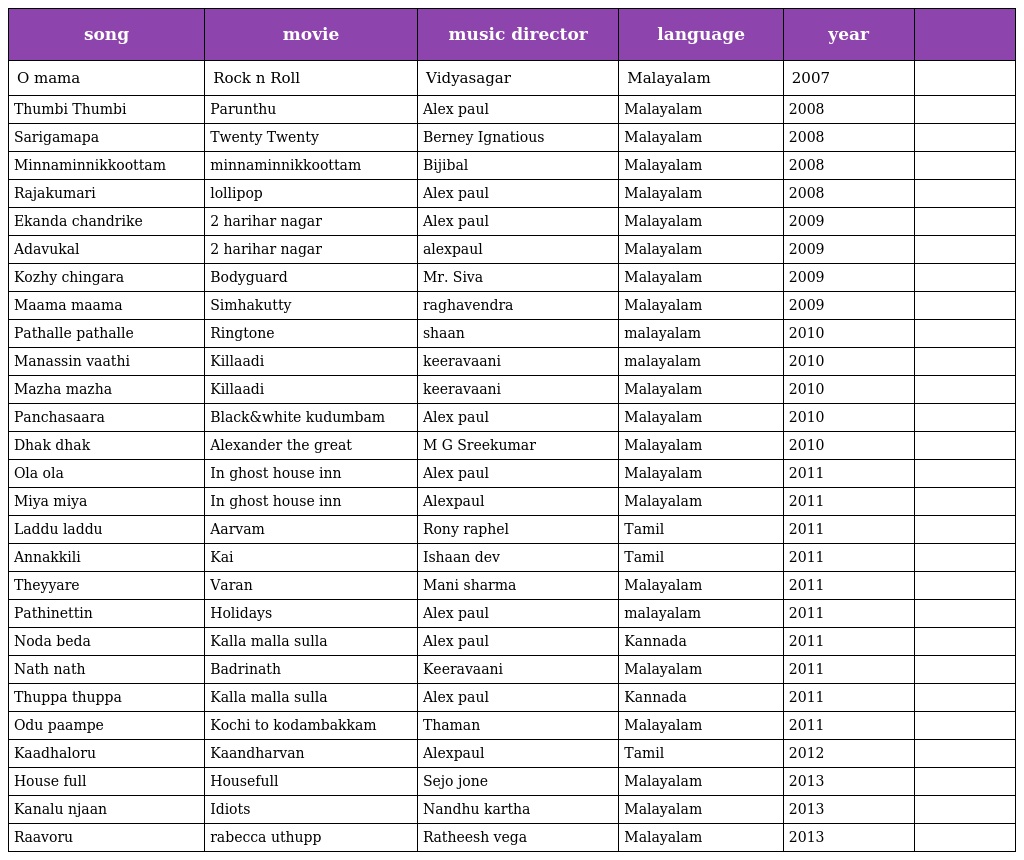
| song | movie | music director | language | year |  |
 | --- | --- | --- | --- | --- | --- |
 | O mama | Rock n Roll | Vidyasagar | Malayalam | 2007 |  |
 | Thumbi Thumbi | Parunthu | Alex paul | Malayalam | 2008 |  |
 | Sarigamapa | Twenty Twenty | Berney Ignatious | Malayalam | 2008 |  |
 | Minnaminnikkoottam | minnaminnikkoottam | Bijibal | Malayalam | 2008 |  |
 | Rajakumari | lollipop | Alex paul | Malayalam | 2008 |  |
 | Ekanda chandrike | 2 harihar nagar | Alex paul | Malayalam | 2009 |  |
 | Adavukal | 2 harihar nagar | alexpaul | Malayalam | 2009 |  |
 | Kozhy chingara | Bodyguard | Mr. Siva | Malayalam | 2009 |  |
 | Maama maama | Simhakutty | raghavendra | Malayalam | 2009 |  |
 | Pathalle pathalle | Ringtone | shaan | malayalam | 2010 |  |
 | Manassin vaathi | Killaadi | keeravaani | malayalam | 2010 |  |
 | Mazha mazha | Killaadi | keeravaani | Malayalam | 2010 |  |
 | Panchasaara | Black&white kudumbam | Alex paul | Malayalam | 2010 |  |
 | Dhak dhak | Alexander the great | M G Sreekumar | Malayalam | 2010 |  |
 | Ola ola | In ghost house inn | Alex paul | Malayalam | 2011 |  |
 | Miya miya | In ghost house inn | Alexpaul | Malayalam | 2011 |  |
 | Laddu laddu | Aarvam | Rony raphel | Tamil | 2011 |  |
 | Annakkili | Kai | Ishaan dev | Tamil | 2011 |  |
 | Theyyare | Varan | Mani sharma | Malayalam | 2011 |  |
 | Pathinettin | Holidays | Alex paul | malayalam | 2011 |  |
 | Noda beda | Kalla malla sulla | Alex paul | Kannada | 2011 |  |
 | Nath nath | Badrinath | Keeravaani | Malayalam | 2011 |  |
 | Thuppa thuppa | Kalla malla sulla | Alex paul | Kannada | 2011 |  |
 | Odu paampe | Kochi to kodambakkam | Thaman | Malayalam | 2011 |  |
 | Kaadhaloru | Kaandharvan | Alexpaul | Tamil | 2012 |  |
 | House full | Housefull | Sejo jone | Malayalam | 2013 |  |
 | Kanalu njaan | Idiots | Nandhu kartha | Malayalam | 2013 |  |
 | Raavoru | rabecca uthupp | Ratheesh vega | Malayalam | 2013 |  |